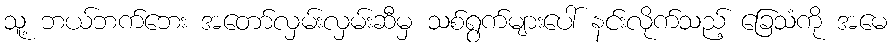
သူ့ ဘယ်ဘက်ဘေး အတော်လှမ်းလှမ်းဆီမှ သစ်ရွက်များပေါ် နင်းလိုက်သည့် ခြေသံကို အမေ